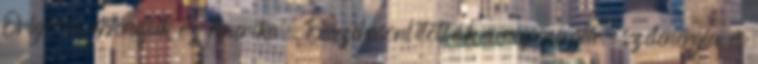
Origó-n Mondjuk ez Amerika. Összehasonlították a napenergia, szélenergia és